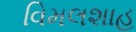
વિમલશાહ